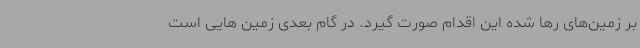
بر زمین‌های رها شده این اقدام صورت گیرد. در گام بعدی زمین هایی است